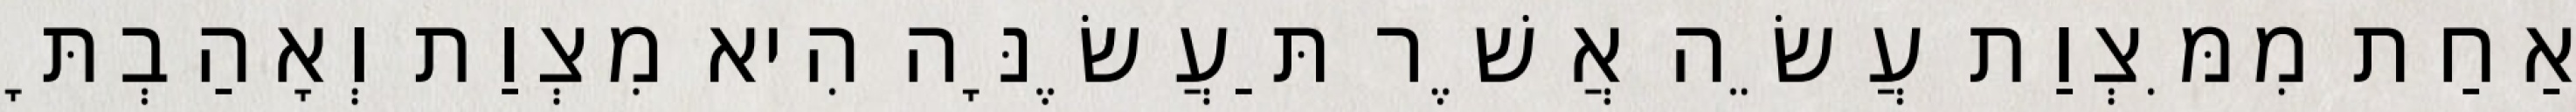
אַחַת מִמִּצְוַת עֲשֵׂה אֲשֶׁר תַּעֲשֶׂנָּה הִיא מִצְוַת וְאָהַבְתָּ